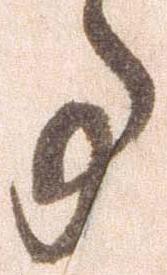
事